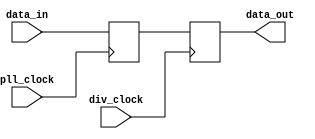
module cross_data_delay (pll_clock, div_clock, data_in, data_out);

parameter WIDTH = 32;
// signals for connecting to the Avalon fabric 
input pll_clock, div_clock;
input [WIDTH-1:0] data_in;
output [WIDTH-1:0] data_out;

(* altera_attribute = "-name AUTO_SHIFT_REGISTER_RECOGNITION OFF" *) (* preserve="true" *) reg [WIDTH-1:0] data_out, data_mid;

always@(posedge pll_clock) begin
	data_mid <= data_in;
end

always@(posedge div_clock) begin
	data_out <= data_mid;
end

endmodule